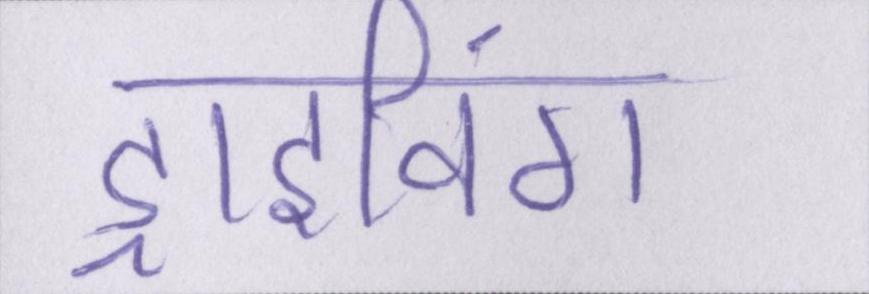
ड्राइविंग